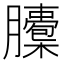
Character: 𦢭